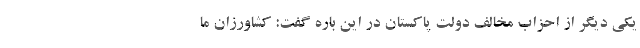
یکی دیگر از احزاب مخالف دولت پاکستان در این باره گفت: کشاورزان ما